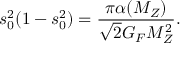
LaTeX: s _ { 0 } ^ { 2 } ( 1 - s _ { 0 } ^ { 2 } ) = { \frac { \pi \alpha ( M _ { Z } ) } { \sqrt 2 G _ { F } M _ { Z } ^ { 2 } } } .